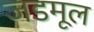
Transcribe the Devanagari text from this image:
जडमूल